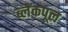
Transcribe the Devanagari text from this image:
ब्लैंकपूल